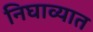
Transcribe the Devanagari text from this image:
निघाव्यात